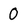
Character: 0